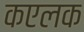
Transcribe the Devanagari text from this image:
कएलक